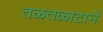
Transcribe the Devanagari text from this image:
तळतळाटानें